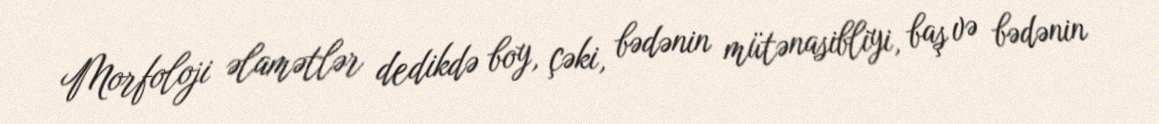
Morfoloji əlamətlər dedikdə boy, çəki, bədənin mütənasibliyi, baş və bədənin